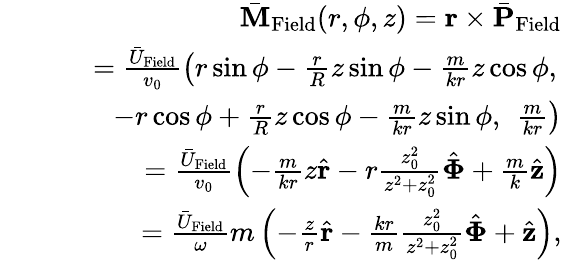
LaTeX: \begin{array}{rlr}&{}&{\bar{\mathbf M}_{\mathrm{Field}}(r,\phi,z)={\mathbf r}\times\bar{\mathbf P}_{\mathrm{Field}}}\\ &{}&{=\frac{\bar{U}_{\mathrm{Field}}}{v_{0}}\left(r\sin\phi-\frac{r}{R}z\sin\phi-\frac{m}{kr}z\cos\phi,\right.}\\ &{}&{\quad\quad-r\cos\phi+\frac{r}{R}z\cos\phi-\frac{m}{kr}z\sin\phi,\ \left.\frac{m}{kr}\right)}\\ &{}&{=\frac{\bar{U}_{\mathrm{Field}}}{v_{0}}\left(-\frac{m}{kr}z\hat{\mathbf r}-r\frac{z_{0}^{2}}{z^{2}+z_{0}^{2}}\hat{\mathbf\Phi}+\frac{m}{k}\hat{\mathbf z}\right)}\\ &{}&{=\frac{\bar{U}_{\mathrm{Field}}}{\omega}m\left(-\frac{z}{r}\hat{\mathbf r}-\frac{kr}{m}\frac{z_{0}^{2}}{z^{2}+z_{0}^{2}}\hat{\mathbf\Phi}+\hat{\mathbf z}\right),}\end{array}